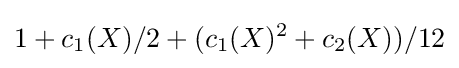
1+c_{1}(X)/2+(c_{1}(X)^{2}+c_{2}(X))/12